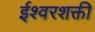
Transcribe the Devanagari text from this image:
ईश्वरशक्ती